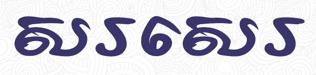
សរសេរ